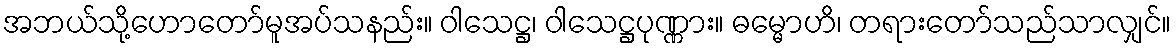
အဘယ်သို့ဟောတော်မူအပ်သနည်း။ ဝါသေဋ္ဌ၊ ဝါသေဋ္ဌပုဏ္ဏား။ ဓမ္မောဟိ၊ တရားတော်သည်သာလျှင်။